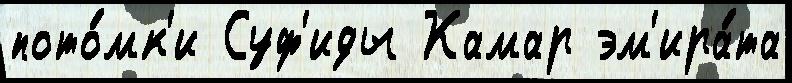
пото́мк'и Суф'иды Камар эм'ира́та